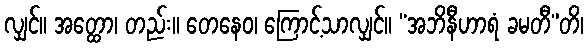
လျှင်။ အတ္ထော၊ တည်း။ တေနေဝ၊ ကြောင့်သာလျှင်။ “အဘိနီဟာရံ ခမတီ”တိ၊